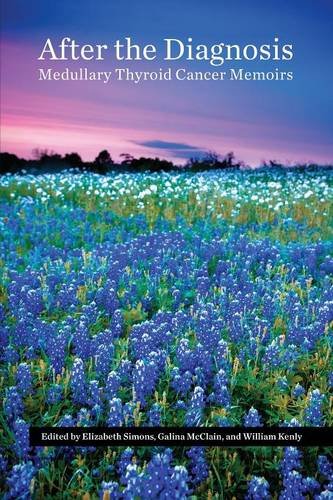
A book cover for After the Diagnosis, Medullary Thyroid Cancer Memoirs; William Kenly; Health, Fitness & Dieting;